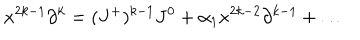
x ^ { 2 k - 1 } \partial ^ { k } = ( J ^ { + } ) ^ { k - 1 } J ^ { 0 } + \alpha _ { 1 } x ^ { 2 k - 2 } \partial ^ { k - 1 } + \dots